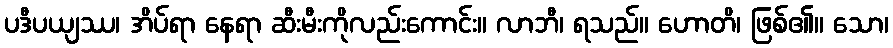
ပဒီပယျဿ၊ အိပ်ရာ နေရာ ဆီးမီးကိုလည်းကောင်း။ လာဘီ၊ ရသည်။ ဟောတိ၊ ဖြစ်၏။ သော၊